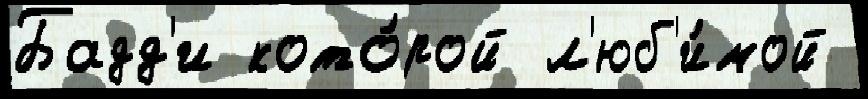
Бадд'и кото́рой л'юб'и́мой